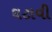
ઘટાવી